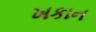
ખકાન